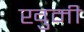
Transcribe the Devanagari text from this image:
खुमी